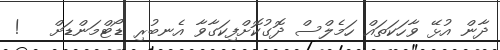
ދާން އުޅޭ ވާހަކަތައް ހަމެލްސް ދޮގުކޮށްފިކަގާވާ އެނބުރި ޑޯޓްމަންޑަށް   !